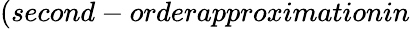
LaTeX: (second-orderapproximationin